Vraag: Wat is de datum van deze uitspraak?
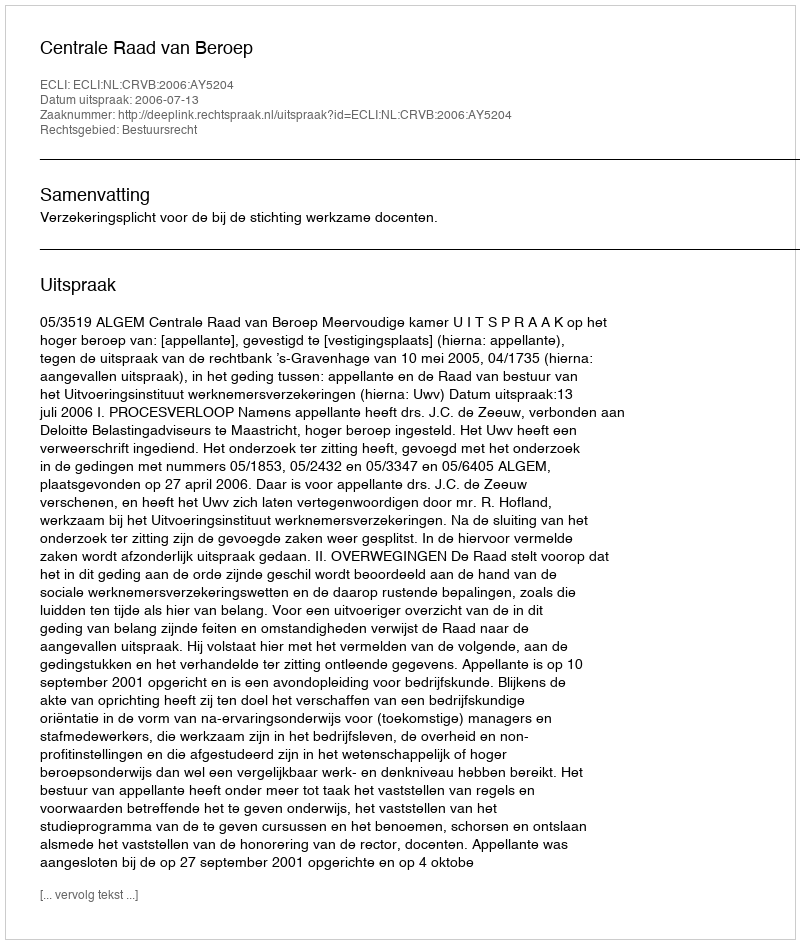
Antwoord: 2006-07-13